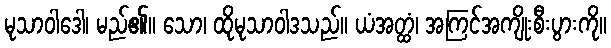
မုသာဝါဒေါ၊ မည်၏။ သော၊ ထိုမုသာဝါဒသည်။ ယံအတ္ထံ၊ အကြင်အကျိုးစီးပွားကို။